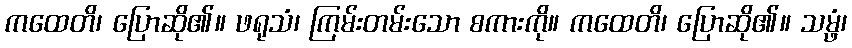
ကထေတိ၊ ပြောဆို၏။ ဖရုသံ၊ ကြမ်းတမ်းသော စကားကို။ ကထေတိ၊ ပြောဆို၏။ သမ္ဖံ၊